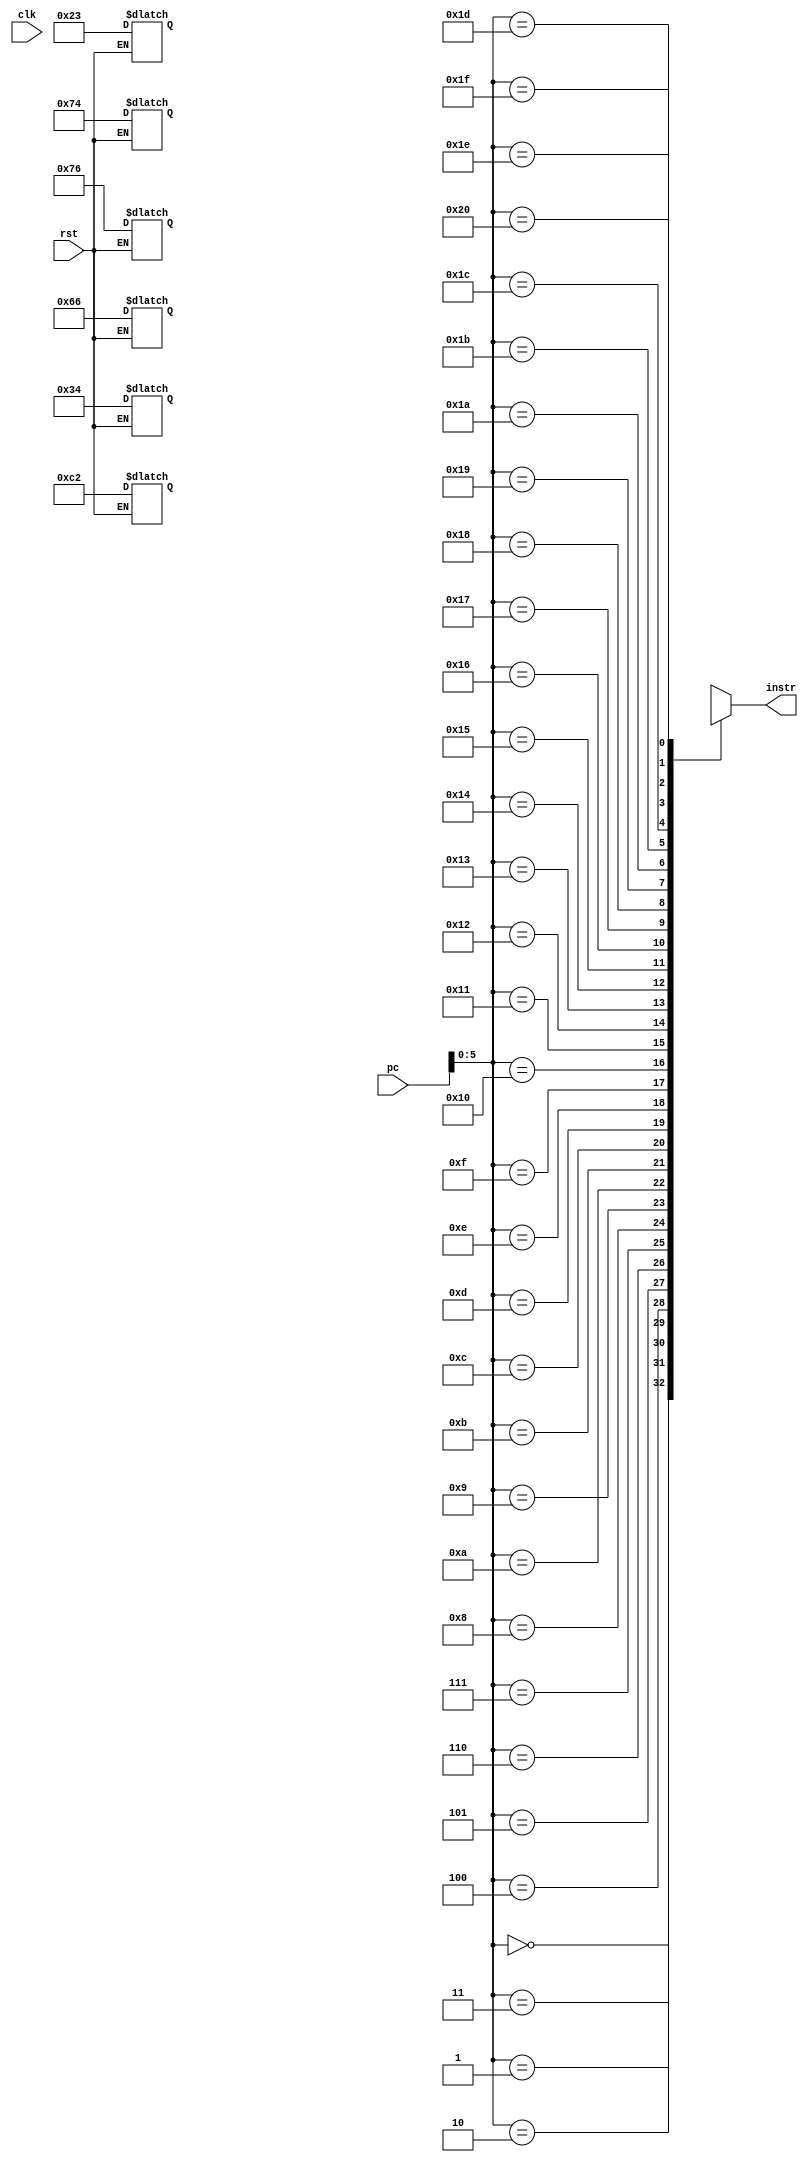
`timescale 1ns / 1ps
//////////////////////////////////////////////////////////////////////////////////
// Company: 
// Engineer: 
// 
// Design Name: 
// Module Name: instrMem
// Project Name: 
// Target Devices: 
// Tool Versions: 
// Description: 
// 
// Dependencies: 
// 
// Revision:
// Revision 0.01 - File Created
// Additional Comments:
// 
//////////////////////////////////////////////////////////////////////////////////


module instrMem(
  input clk,
  input rst,  // Reset 
  input [7:0] pc,
  output [7:0] instr
);

reg [7:0] instrMem [32:0];

// Defining the instructions in the instrMem in byte addressable manner
always @(*)
  begin
    if(rst == 0)
    begin
//    instrMem[0] = 8'b01001010;
////    instrMem[1] = 8'b11000011;
//    instrMem[2] = 8'b01100101;
//    instrMem[3] = 8'b00010011;
//    instrMem[4] = 8'b00000010; 
//    instrMem[5] = 8'b01000010; 
    
    instrMem[0] = 8'b00100011;
    instrMem[1] = 8'b01110100;
    instrMem[2] = 8'b01110110;
    instrMem[3] = 8'b11000010; //jmp 
    instrMem[4] = 8'b00110100;  
    instrMem[5] = 8'b01100110;
    
    end 
  end

assign instr = instrMem[pc];

endmodule